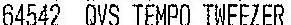
64542 QVS TEMPO TWEEZER